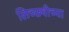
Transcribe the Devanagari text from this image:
लिच्छवीच्या